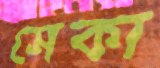
সেকা